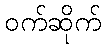
ဝက်ဆိုက်